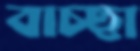
বাচ্ছা